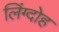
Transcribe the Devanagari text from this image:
लिंग्दोह